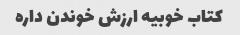
کتاب خوبیه ارزش خوندن داره